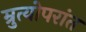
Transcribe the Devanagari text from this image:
म्रुत्योपरांत